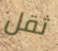
ثقل